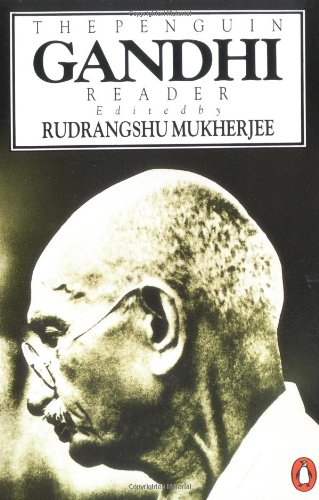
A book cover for The Penguin Gandhi Reader; Mohandas K. Gandhi; Religion & Spirituality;